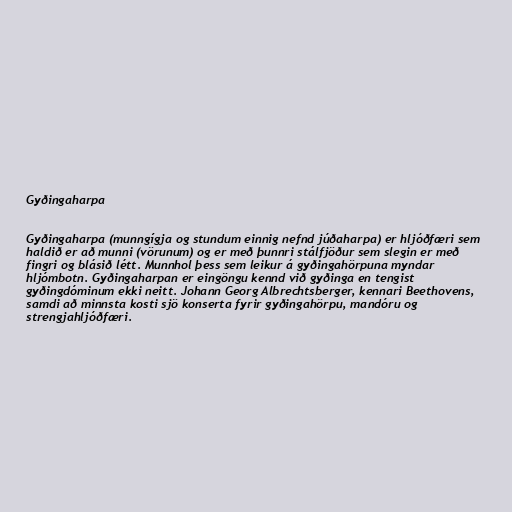
Gyðingaharpa

Gyðingaharpa (munngígja og stundum einnig nefnd júðaharpa) er hljóðfæri sem
haldið er að munni (vörunum) og er með þunnri stálfjöður sem slegin er með
fingri og blásið létt. Munnhol þess sem leikur á gyðingahörpuna myndar
hljómbotn. Gyðingaharpan er eingöngu kennd við gyðinga en tengist
gyðingdóminum ekki neitt. Johann Georg Albrechtsberger, kennari Beethovens,
samdi að minnsta kosti sjö konserta fyrir gyðingahörpu, mandóru og
strengjahljóðfæri.